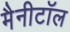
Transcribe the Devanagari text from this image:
मैनीटॉल